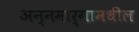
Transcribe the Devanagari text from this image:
अन्नमार्गामधील